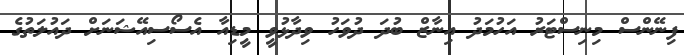
ފިނޭންސް މިނިސްޓަރު އަހުމަދު އިނާޒް ބުދަ ދުވަހު ވިދާޅުވީ މީޑިއާ އެސޯސިއޭޝަނަށް ދައުލަތުގެ